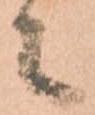
々